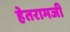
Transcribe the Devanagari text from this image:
हेतरामजी